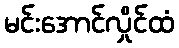
မင်းအောင်လှိုင်ထံ